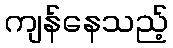
ကျန်နေသည့်